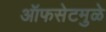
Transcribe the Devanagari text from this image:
ऑफसेटमुळे